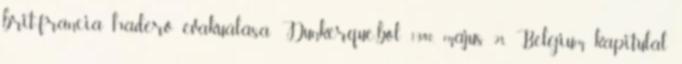
brit-francia haderõ evakuálása Dunkerque-bõl 1940. május 28. Belgium kapitulál